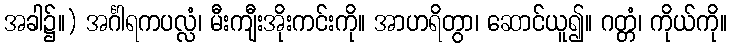
အခါ၌။) အင်္ဂါရကပလ္လံ၊ မီးကျီးအိုးကင်းကို။ အာဟရိတွာ၊ ဆောင်ယူ၍။ ဂတ္တံ၊ ကိုယ်ကို။